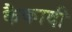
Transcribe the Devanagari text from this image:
कैकादी